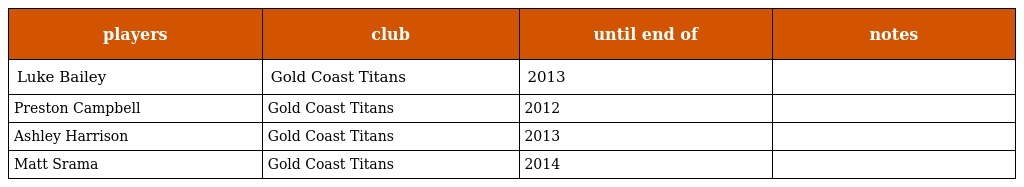
| players | club | until end of | notes |
 | --- | --- | --- | --- |
 | Luke Bailey | Gold Coast Titans | 2013 |  |
 | Preston Campbell | Gold Coast Titans | 2012 |  |
 | Ashley Harrison | Gold Coast Titans | 2013 |  |
 | Matt Srama | Gold Coast Titans | 2014 |  |